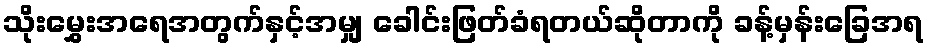
သိုးမွှေးအရေအတွက်နှင့်အမျှ ခေါင်းဖြတ်ခံရတယ်ဆိုတာကို ခန့်မှန်းခြေအရ